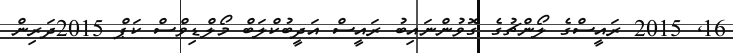
16